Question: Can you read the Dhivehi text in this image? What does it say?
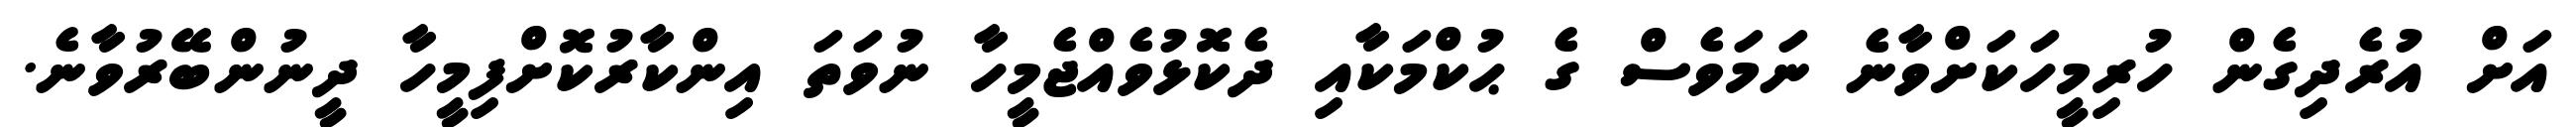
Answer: އަށް އުރެދިގެން ހުރިމީހަކަށްވާނެ ނަމަވެސް ގެ ޙުކްމަކާއި ދެކޮޅުވެއްޖެމީހާ ނުވަތަ އިންކާރުކޮށްފިމީހާ ދީނުންބޭރުވާނެ.